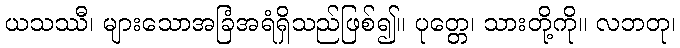
ယသဿီ၊ များသောအခြံအရံရှိသည်ဖြစ်၍။ ပုတ္တေ၊ သားတို့ကို။ လဘတု၊